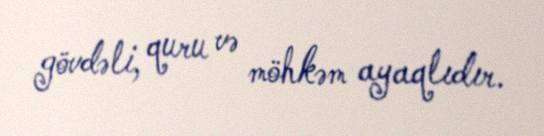
gövdəli, quru və möhkəm ayaqlıdır.